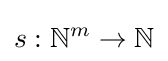
s:\mathbb {N} ^{m}\rightarrow \mathbb {N}